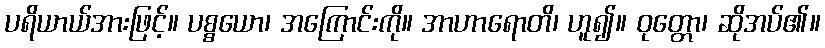
ပရိယာယ်အားဖြင့်။ ပစ္စယော၊ အကြောင်းကို။ အာဟာရောတိ၊ ဟူ၍။ ဝုတ္တော၊ ဆိုအပ်၏။